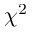
\chi ^ { 2 }